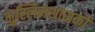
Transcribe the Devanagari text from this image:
मुस्लिमशासकों